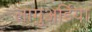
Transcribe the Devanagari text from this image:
लागुअर्डिया